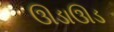
ઊડાઊડ